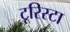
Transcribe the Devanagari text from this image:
टूरिस्टा